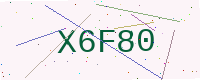
Text: X6F80